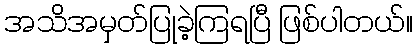
အသိအမှတ်ပြုခဲ့ကြရပြီ ဖြစ်ပါတယ်။